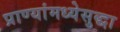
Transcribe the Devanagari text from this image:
प्राण्यांमध्येसुद्धा